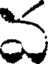
వ